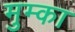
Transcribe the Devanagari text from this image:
मुम्का